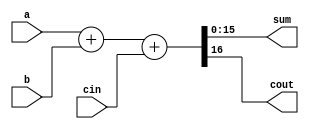
module add16 ( input[15:0] a, input[15:0] b, input cin, output[15:0] sum, output cout );
	assign {cout,sum} = a + b + cin;
endmodule

module top_module(
    input [31:0] a,
    input [31:0] b,
    input sub,
    output [31:0] sum
);

    wire cout_to_cin;
    wire [31:0] b1 = {32{sub}} ^ b;

    add16 u1(
        .a		(a[15:0]),
        .b		(b1[15:0]),
        .cin	(sub),
        .sum	(sum[15:0]),
        .cout	(cout_to_cin)
    );

    add16 u2(
        .a		(a[31:16]),
        .b		(b1[31:16]),
        .cin	(cout_to_cin),
        .sum	(sum[31:16])
    );
endmodule